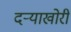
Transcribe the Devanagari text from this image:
दऱ्याखोरी